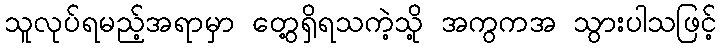
သူလုပ်ရမည့်အရာမှာ တွေ့ရှိရသကဲ့သို့ အကွကအ သွားပါသဖြင့်